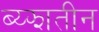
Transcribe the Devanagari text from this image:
ब्य्झातीन